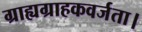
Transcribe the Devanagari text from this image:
ग्राह्यग्राहकवर्जता।